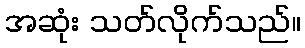
အဆုံး သတ်လိုက်သည်။